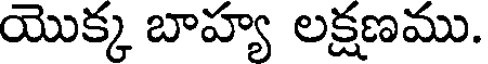
యొక్క బాహ్య లక్షణము.